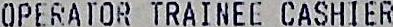
OPERATOR TRAINEE CASHIER